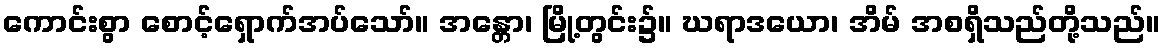
ကောင်းစွာ စောင့်ရှောက်အပ်သော်။ အန္တော၊ မြို့တွင်း၌။ ဃရာဒယော၊ အိမ် အစရှိသည်တို့သည်။